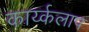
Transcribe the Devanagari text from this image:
कार्य्कलाप